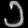
Digit: ၁